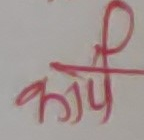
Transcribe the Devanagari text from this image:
कार्य